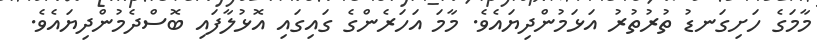
މާމަގެ ހަށިގަނޑު ތުރުތުރު އަޅަމުންދިޔައެވެ. މާމަ އަހަރެންގެ ގައިގައި އޮޅުލާފައި ބޮސްދެމުންދިޔައެވެ.